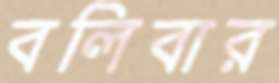
বলিবার